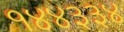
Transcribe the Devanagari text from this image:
१४४३३४